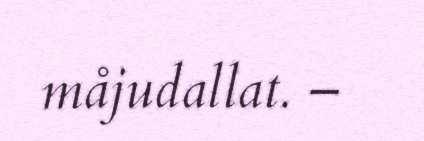
måjudallat. –